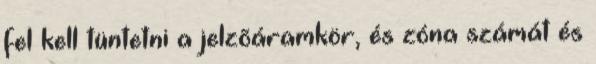
fel kell tüntetni a jelzõáramkör, és zóna számát és